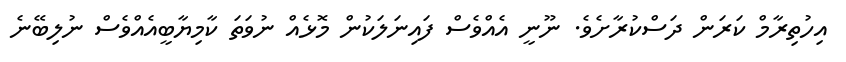
އިހުތިރާމް ކަރަން ދަސްކުރާށެވެ. ނޫނީ އެއްވެސް ފައިނަލަކުން މޮޅެއް ނުވަތަ ކާމިޔާބީއެއްވެސް ނުލިބޭނެ